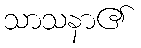
သာသနာ၏